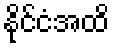
နိုင်ငံအထိ